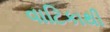
વાટિકાથી